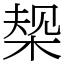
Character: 椝